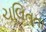
ચલિતતા